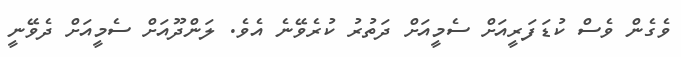
ވެގެން ވެސް ކުޑަފަރީއަށް ސެމީއަށް ދަތުރު ކުރެވޭނެ އެވެ. ލަންދޫއަށް ސެމީއަށް ދެވޭނީ